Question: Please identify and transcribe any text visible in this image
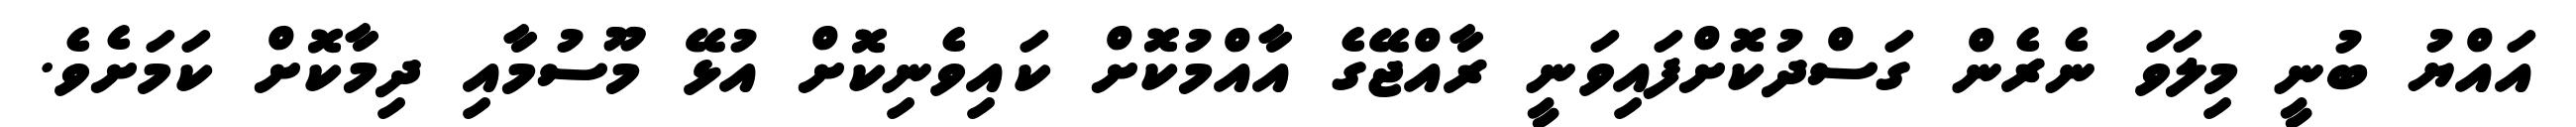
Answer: އައްޔު ބުނީ މިލަވަ ނެރެން ގަސްދުކޮށްފައިވަނީ ރާއްޖޭގެ އާއްމުކޮށް ކައިވެނިކޮށް އުޅޭ މޫސުމާއި ދިމާކޮށް ކަމަށެވެ.